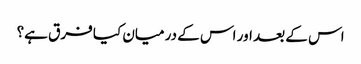
اس کے بعد اور اس کے درمیان کیا فرق ہے؟